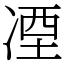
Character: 凐